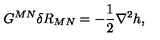
G ^ { M N } \delta R _ { M N } = - { \frac { 1 } { 2 } } \nabla ^ { 2 } h ,